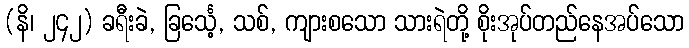
(နိ၊ ၂၄၂) ခရီးခဲ, ခြင်္သေ့, သစ်, ကျားစသော သားရဲတို့ စိုးအုပ်တည်နေအပ်သော